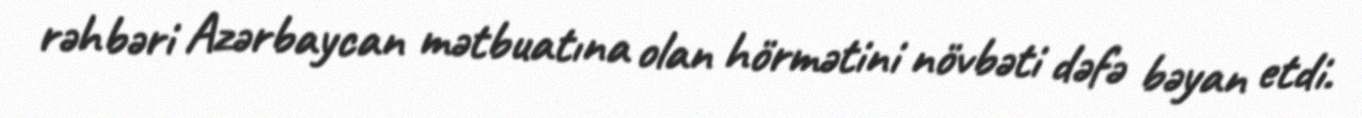
rəhbəri Azərbaycan mətbuatına olan hörmətini növbəti dəfə bəyan etdi.